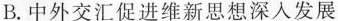
B.中外交汇促进维新思想深入发展